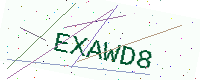
Text: EXAWD8